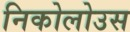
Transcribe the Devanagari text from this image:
निकोलोउस